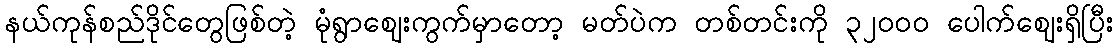
နယ်ကုန်စည်ဒိုင်တွေဖြစ်တဲ့ မုံရွာဈေးကွက်မှာတော့ မတ်ပဲက တစ်တင်းကို ၃၂၀၀၀ ပေါက်ဈေးရှိပြီး